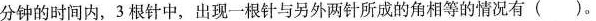
分钟的时间内，3根针中，出现一根针与另外两针所成的角相等的情况有()。